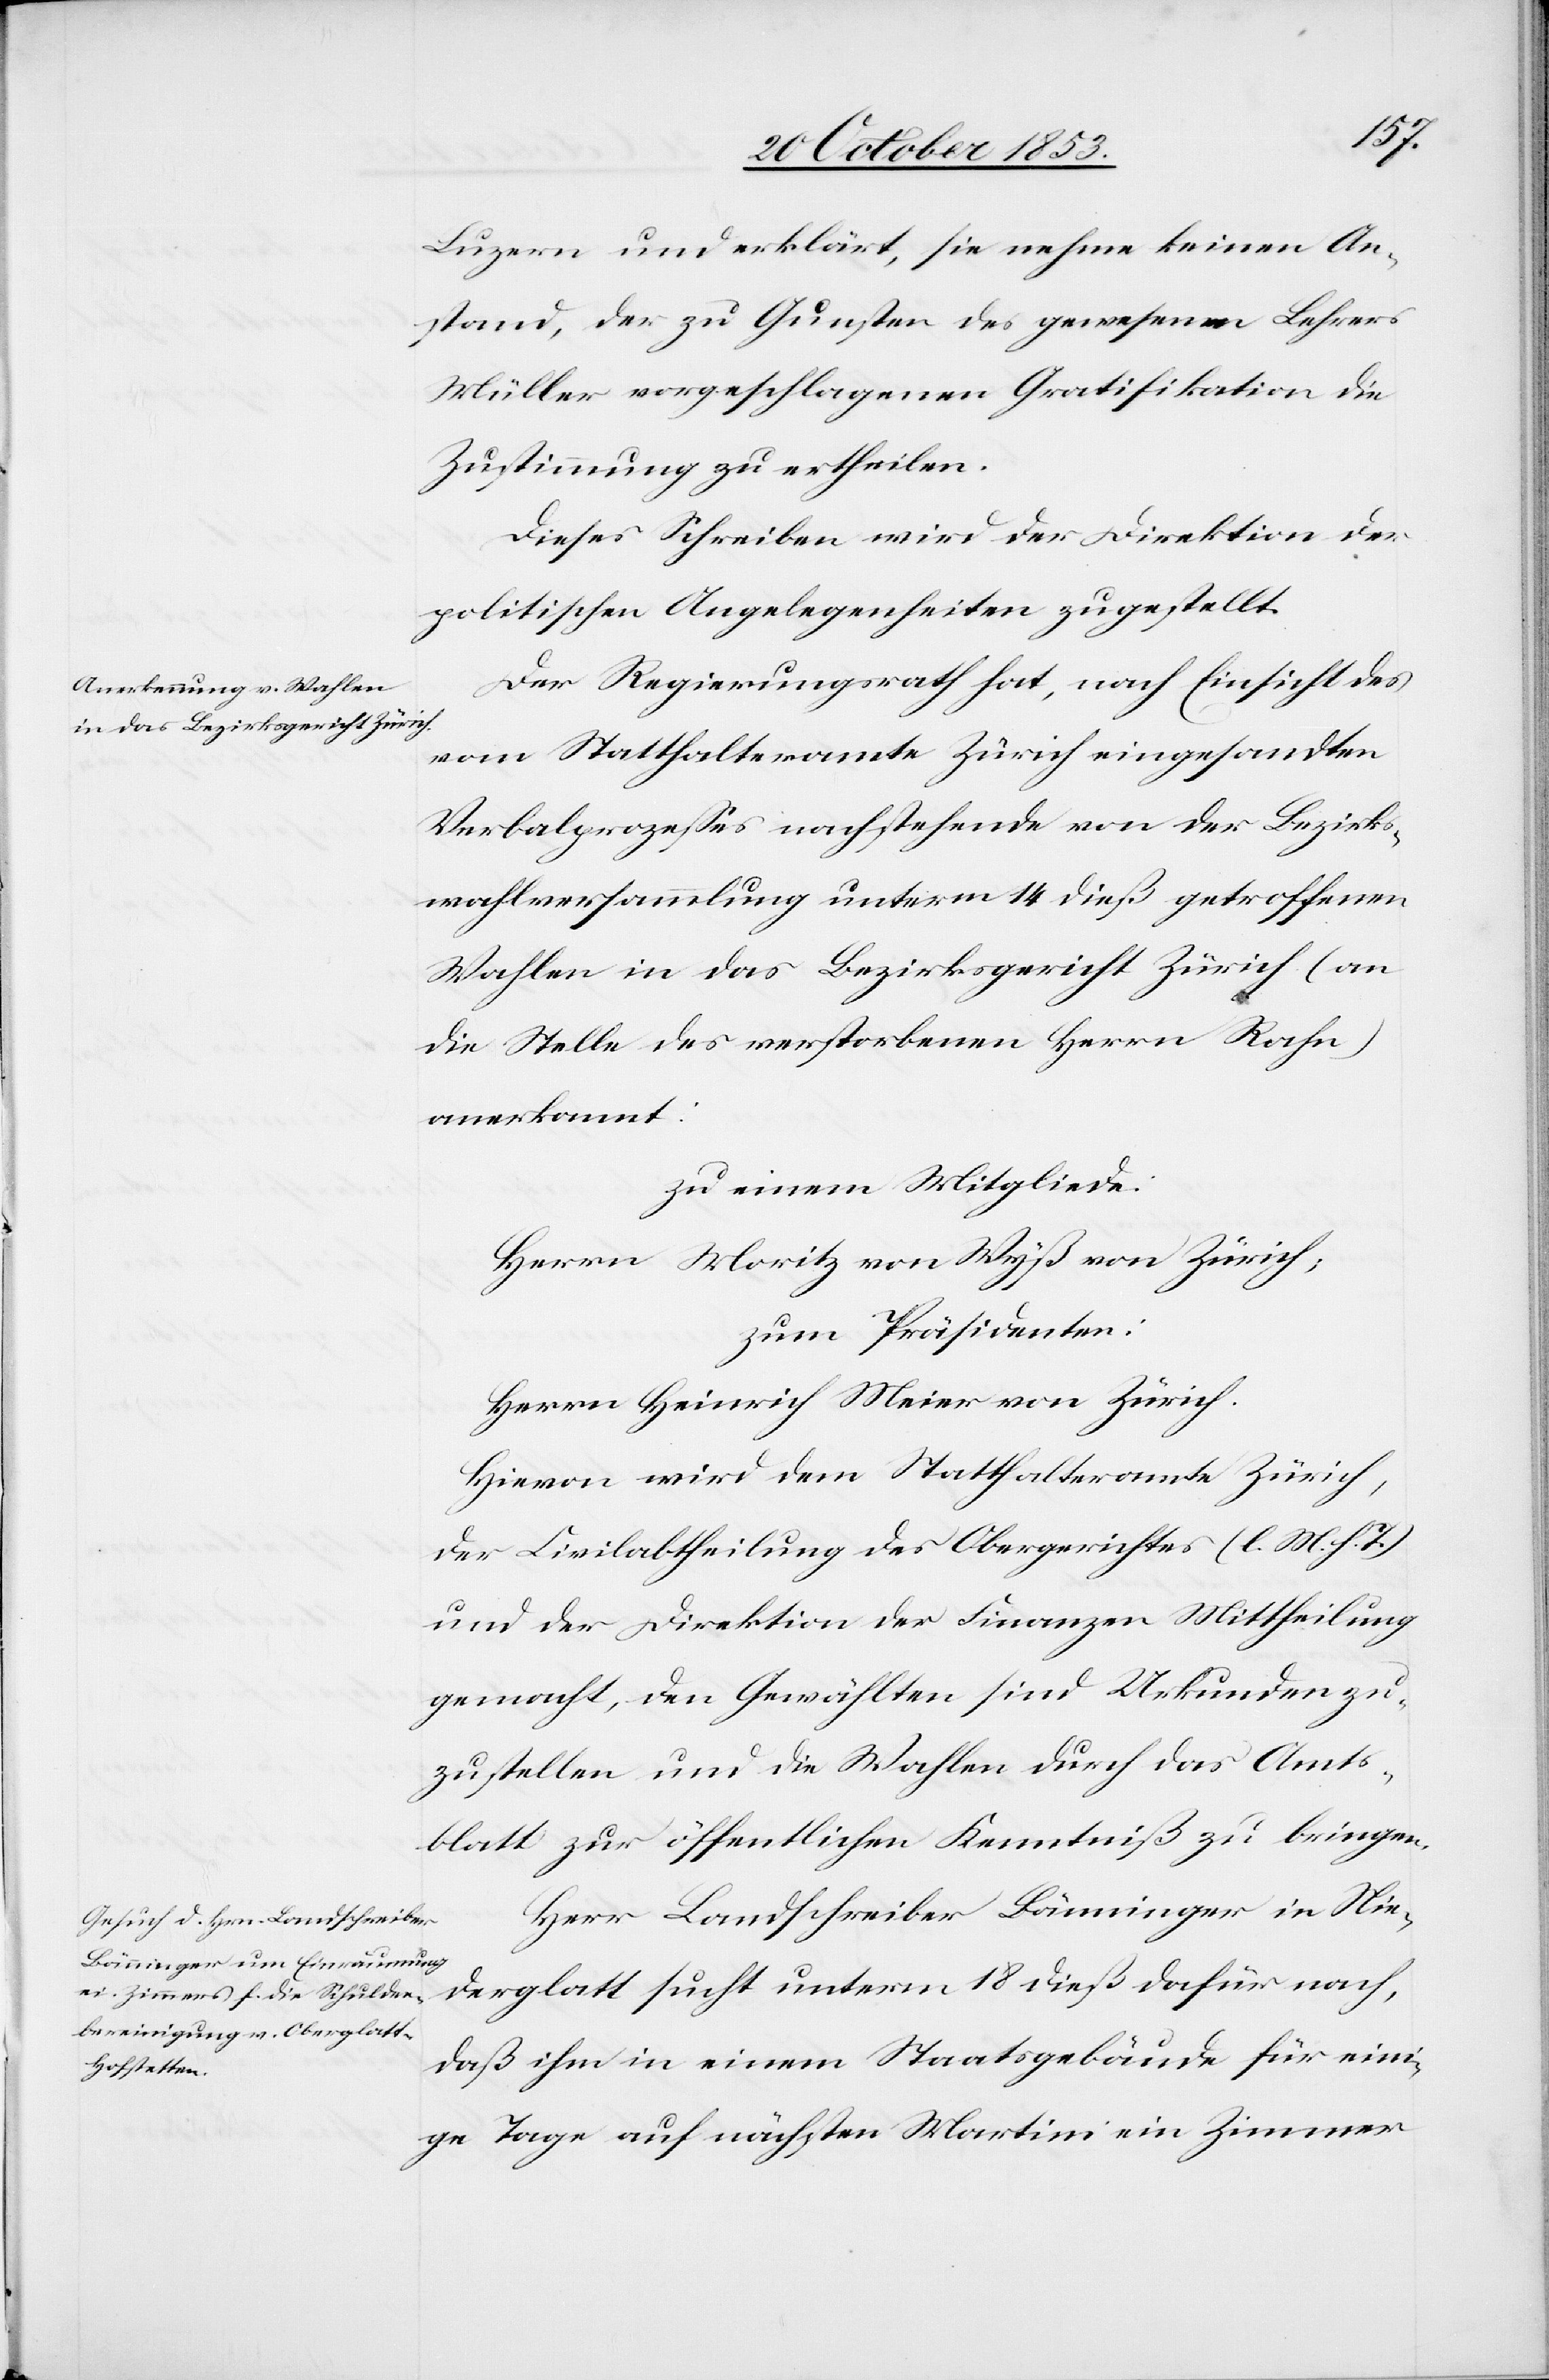
Luzern und erklärt, sie nehme keinen An¬
stand, der zu Gunsten des gewesenen Lehrers
Müller vorgeschlagenen Gratifikation die
Zustimmung zu ertheilen.
Dieses Schreiben wird der Direktion der
politischen Angelegenheiten zugestellt.
Der Regierungsrath hat, nach Einsicht des
vom Statthalteramte Zürich eingesandten
Verbalprozeßes nachstehende von der Bezirks¬
wahlversammlung unterm 14 dieß getroffenen
Wahlen in das Bezirksgericht Zürich (an
die Stelle des verstorbenen Herrn Rahn)
anerkannt:
zu einem Mitgliede:
Herrn Moritz von Wyß von Zürich,
zum Präsidenten:
Herrn Heinrich Meier von Zürich.
Hievon wird dem Statthalteramte Zürich,
Der Civilabtheilung des Obergerichtes [l. M. h. T]
und der Direktion der Finanzen Mittheilung
gemacht, den Gewählten sind Urkunden zu¬
zustellen und die Wahlen durch das Amts¬
blatt zur öffentlichen Kenntniß zu bringen.
Herr Landschreiber Bänninger in Nie¬
derglatt sucht unterm 18 dieß dafür nach,
daß ihm in einem Staatsgebäude für eini¬
ge Tage auf nächsten Martini ein Zimmer